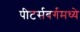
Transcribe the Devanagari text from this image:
पीटर्सबर्गमध्ये